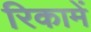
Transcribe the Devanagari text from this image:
रिकामें